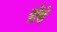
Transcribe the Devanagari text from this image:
पोंबे